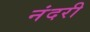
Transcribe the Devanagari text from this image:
नंदरी